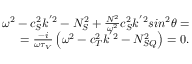
\begin{array} { r } { \omega ^ { 2 } - c _ { S } ^ { 2 } k ^ { ' 2 } - N _ { S } ^ { 2 } + \frac { N ^ { 2 } } { \omega ^ { 2 } } c _ { S } ^ { 2 } k ^ { ' 2 } s i n ^ { 2 } \theta = } \\ { = \frac { - i } { \omega \tau _ { V } } \left( \omega ^ { 2 } - c _ { T } ^ { 2 } k ^ { ' 2 } - N _ { S Q } ^ { 2 } \right) = 0 . } \end{array}